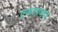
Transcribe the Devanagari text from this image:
एकाग्रभाव